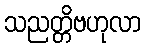
သညတ္တိဗဟုလာ